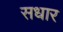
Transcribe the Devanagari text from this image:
सधार